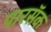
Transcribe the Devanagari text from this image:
पारसॅक